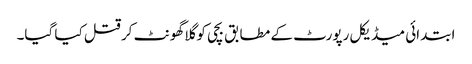
ابتدائی میڈیکل رپورٹ کے مطابق بچی کو گلا گھونٹ کر قتل کیا گیا۔